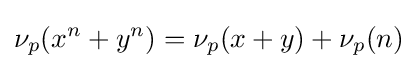
\nu _{p}(x^{n}+y^{n})=\nu _{p}(x+y)+\nu _{p}(n)